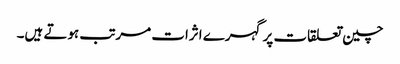
چین تعلقات پر گہرے اثرات مرتب ہوتے ہیں۔